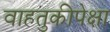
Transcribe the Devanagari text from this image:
वाहतुकीपेक्षा